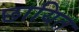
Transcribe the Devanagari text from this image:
छायित